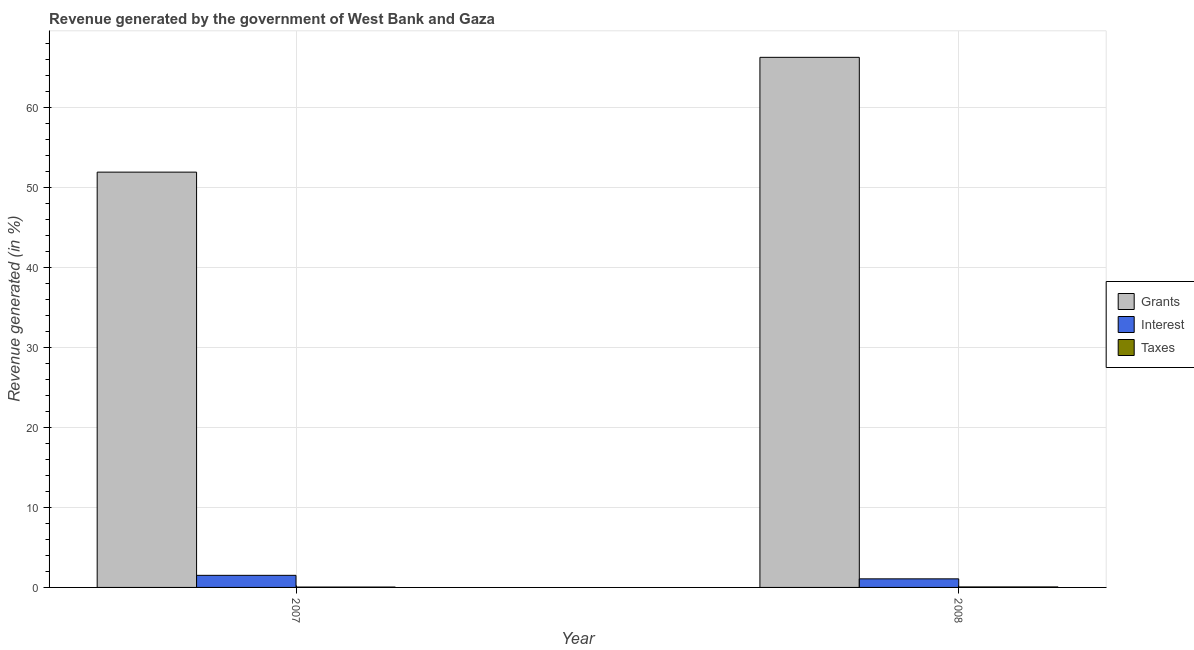
| Year | Grants | Interest | Taxes |
 | --- | --- | --- | --- |
 | 2007 | 51.9 | 1.51 | 0.0459 |
 | 2008 | 66.3 | 1.07 | 0.0615 |